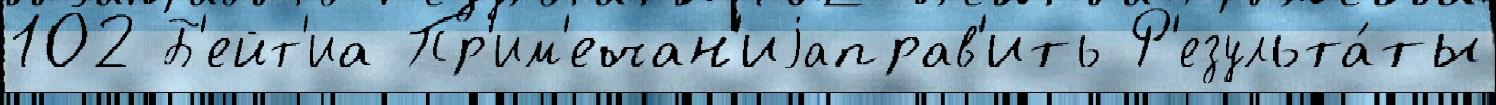
102 Б'ейт'иа Пр'им'ечан'иjаправ'ить Р'езульта́ты